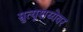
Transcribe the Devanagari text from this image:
म्रुत्यूशय्येवर